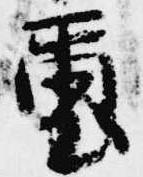
璽